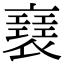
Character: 𧝑